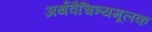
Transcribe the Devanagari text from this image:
अर्थवैचित्र्यमूलक